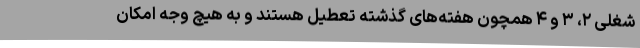
شغلی ۲، ۳ و ۴ همچون هفته‌های گذشته تعطیل هستند و به هیچ وجه امکان